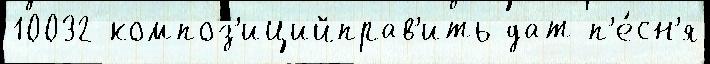
10032 композ'ицийправ'ить дат п'е́сн'я